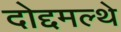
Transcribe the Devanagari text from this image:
दोद्दमल्थे